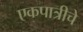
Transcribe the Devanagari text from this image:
एकपात्रीचे